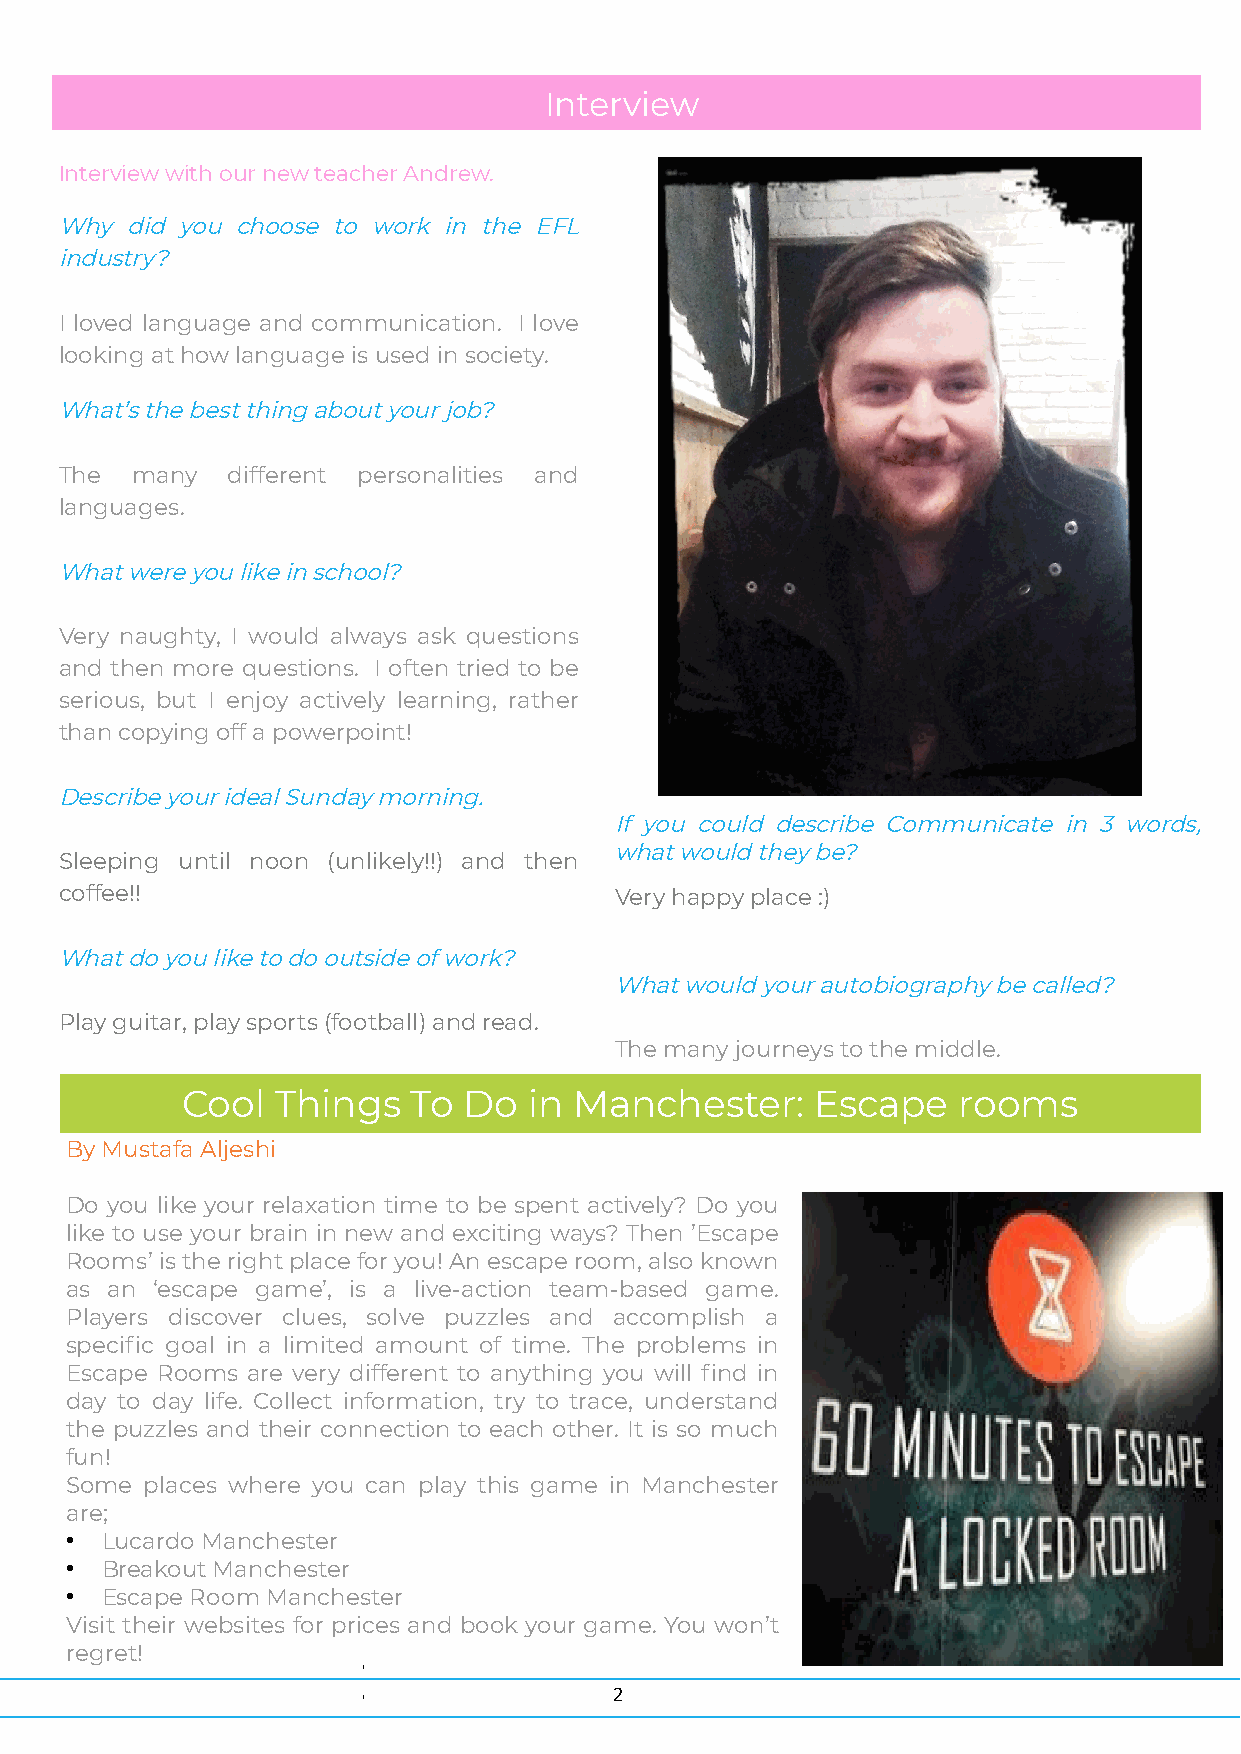
Interview
 Interview with our new teacher Andrew.
 Why did you choose to work in the EFL
 industry?
 I loved language and communication. I love
 looking at how language is used in society.
 What’s the best thing about your job?
 The  many  different personalities and
 languages.
 What were you like in school?
 Very naughty, I would always ask questions
 and then more questions. I often tried to be
 serious, but I enjoy actively learning, rather
 than copying off a powerpoint!
 Describe your ideal Sunday morning.
 If you could describe Communicate in 3 words,
 what would they be?
 Sleeping until noon (unlikely!!) and then
 coffee!!                             Very happy place :)
 What do you like to do outside of work?
 What would your autobiography be called?
 Play guitar, play sports (football) and read.
 The many journeys to the middle.
 Cool  Things   To  Do  in Manchester:     Escape   rooms
 By Mustafa Aljeshi
 Do you like your relaxation time to be spent act ively? Do you
 like to use your brain in new and exciting ways? Then ’Escape
 Rooms’ is the right place for you! An escape room, also known
 as an ‘escape game’, is a live-action team-based game.
 Players discover clues, solve puzzles and accomplish a
 specifc goal in a limited amount of time. The problems in
 Escape Rooms are very different to anything you will fnd in
 day to day life. Collect information, try to trace, understand
 the puzzles and their connection to each other. It is so much
 fun!
 Some  places where you can play this game in Manchester
 are;
 ●  Lucardo Manchester
 ●  Breakout Manchester
 ●  Escape Room Manchester
 Visit their websites for prices and book your game. You won’t
 regret!
 2